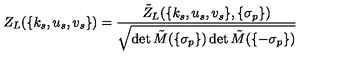
Z _ { L } ( \{ k _ { s } , u _ { s } , v _ { s } \} ) = \frac { \tilde { Z } _ { L } ( \{ k _ { s } , u _ { s } , v _ { s } \} , \{ \sigma _ { p } \} ) } { \sqrt { \det \tilde { M } ( \{ \sigma _ { p } \} ) \det \tilde { M } ( \{ - \sigma _ { p } \} ) } }